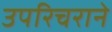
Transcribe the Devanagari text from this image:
उपरिचराने